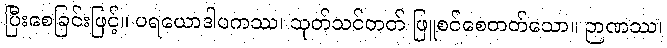
ပြီးစေခြင်းဖြင့်။ ပရယောဒါပကဿ၊ သုတ်သင်တတ် ဖြူစင်စေတတ်သော။ ဉာဏဿ၊